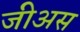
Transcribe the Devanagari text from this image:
जीअस